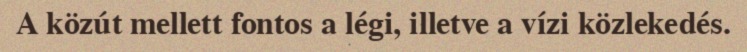
A közút mellett fontos a légi, illetve a vízi közlekedés.